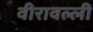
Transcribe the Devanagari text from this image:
वीरावल्ली